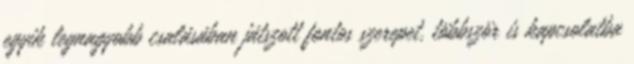
egyik legnagyobb csalásában játszott fontos szerepet, többször is kapcsolatba